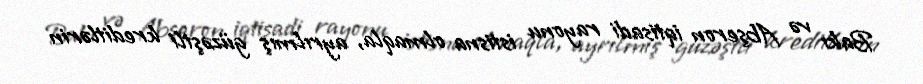
Bakı və Abşeron iqtisadi rayonu istisna olmaqla, ayrılmış güzəştli kreditlərin